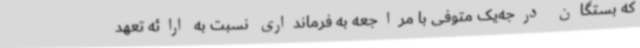
که بستگان درجه‌یک متوفی با مراجعه به فرمانداری نسبت به ارائه تعهد